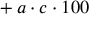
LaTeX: { } + a \cdot c \cdot 1 0 0